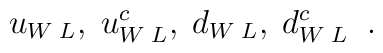
u_{W \; L}, \; u_{W \; L}^{c}, \; d_{W \; L}, \; d_{W \; L}^{c}  \; \; .